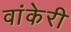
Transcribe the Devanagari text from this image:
वांकेरी